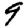
Digit: 9